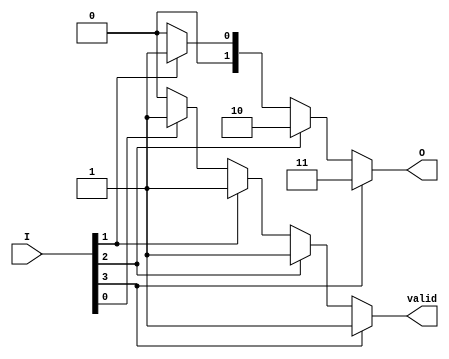
module simple_binary_encoder (
    input wire [3:0] I,  // 4 input lines
    output reg [1:0] O,  // 2 output lines
    output reg valid      // Indicates if the output is valid (1 if active input exists)
);

always @(*) begin
    case (1'b1)
        I[3]: begin
            O = 2'b11; // Highest priority: I[3] active
            valid = 1;
        end
        I[2]: begin
            O = 2'b10; // I[2] active
            valid = 1;
        end
        I[1]: begin
            O = 2'b01; // I[1] active
            valid = 1;
        end
        I[0]: begin
            O = 2'b00; // I[0] active
            valid = 1;
        end
        default: begin
            O = 2'b00; // No active inputs
            valid = 0; // Invalid output
        end
    endcase
end

endmodule